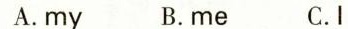
A.my B.me C.I